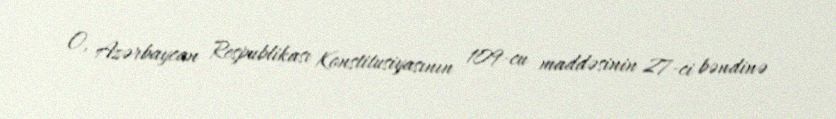
O, Azərbaycan Respublikası Konstitusiyasının 109-cu maddəsinin 27-ci bəndinə